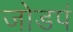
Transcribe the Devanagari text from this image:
जोडपं